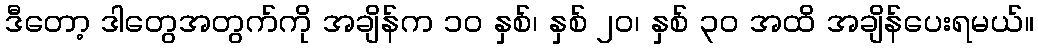
ဒီတော့ ဒါတွေအတွက်ကို အချိန်က ၁၀ နှစ်၊ နှစ် ၂၀၊ နှစ် ၃၀ အထိ အချိန်ပေးရမယ်။